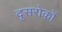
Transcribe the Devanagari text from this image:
दूसरोकों